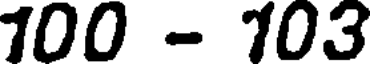
100 - 103